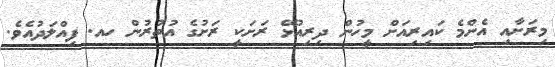
މިރަށާއި އެންމެ ކައިރިއަށް މީހުން ދިރިއުޅޭ ރަށަކީ ރަށުގެ އުތުރުން ހއ. ފިއްލަދުއެވެ.